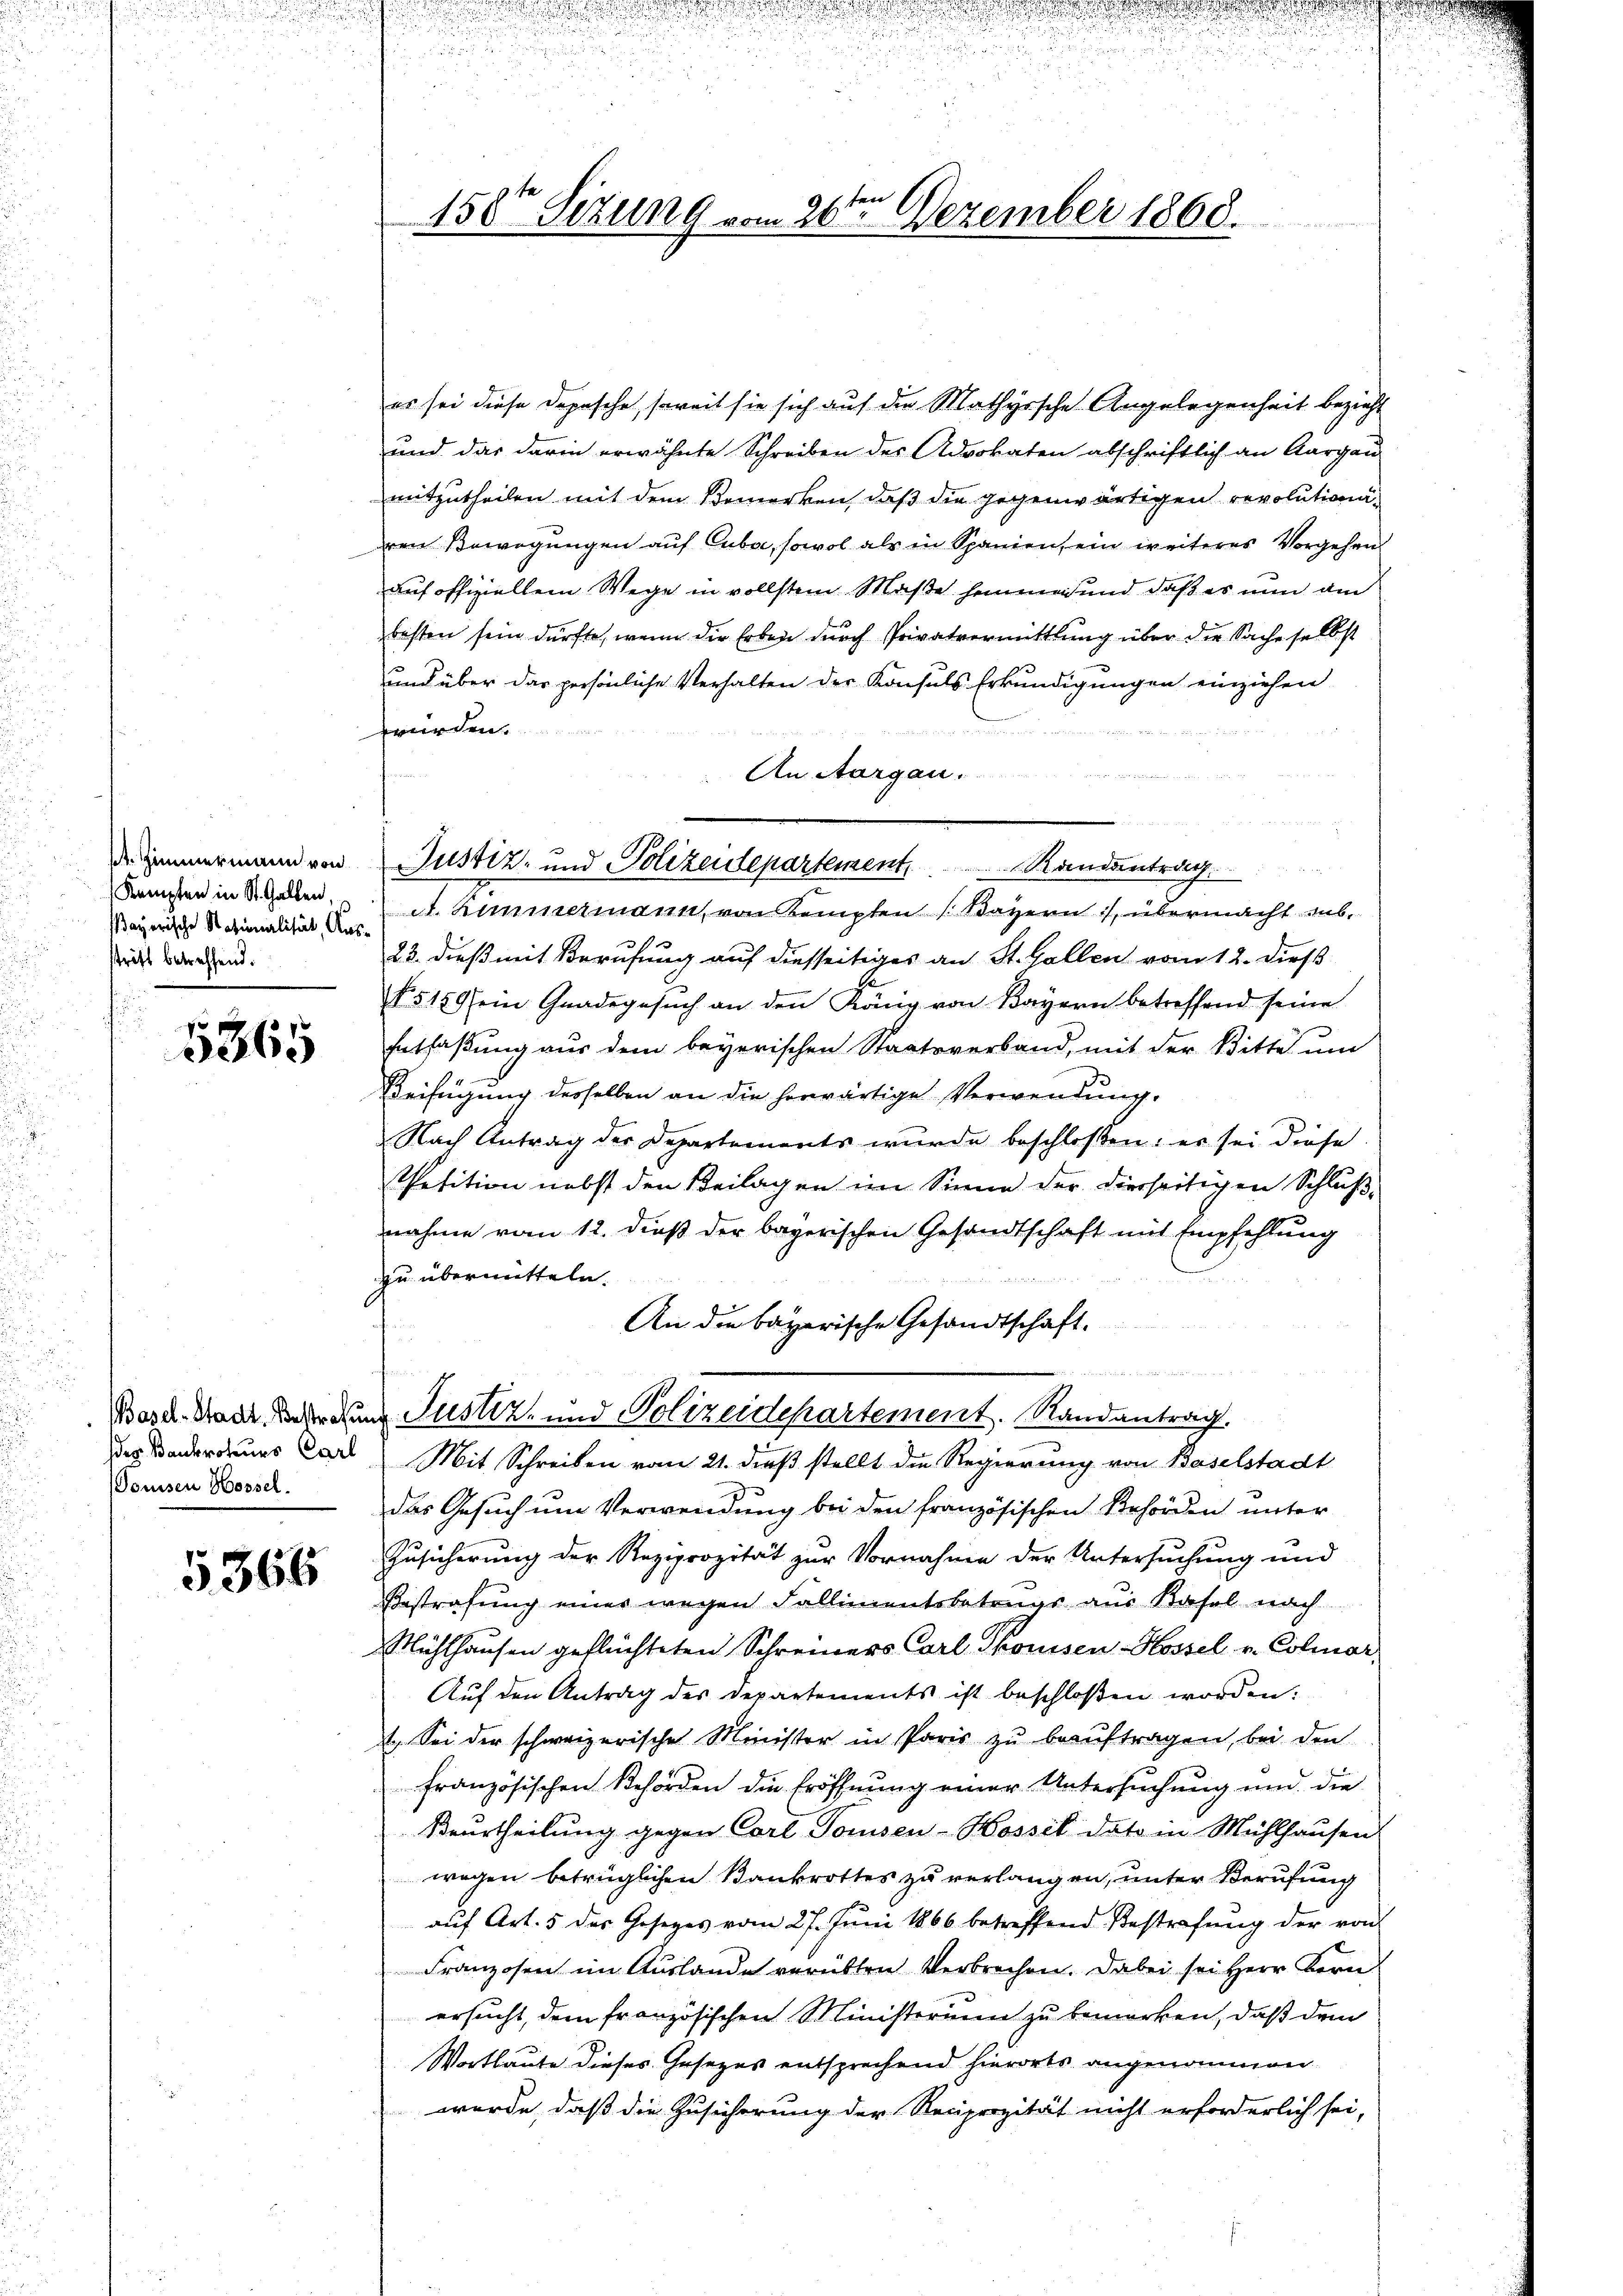
Zimmermann von
Kreuzten in St. Gallen,
ayerische Nationalität, Ausstritt betreffend.

5865

Basel-Stadt. Bestrafu
des Bankroteurs Carl
Doussen Hossel.

5366

150ten Sizung vom 26te͇n Dezember 1868.

es sei diese Depesche, soweit sie sich auf die Mathyische Angelegenheit bezieht
und das darin erwähnte Schreiben des Advokaten abschriftlich an Aargau
mitzutheilen mit dem Bemerken, daß die gegenwärtigen revolutionaren Bewegungen auf Cuba, sowol als in Spanien, ein weiteres Vorgehen
auf offiziellem Wege in vollstem Maße heimes und daß es nun am
besten sein dürfte, wenn die Erben durch Privatvermittlung über die Sache selbst
und über das persönliche Verhalten der Konsuls Erkundigungen einziehen
würden.
An Aargau.
un
Justiz- und Polizeidepartement.                              Randantrag
A. Zimmermann, von Kempten (Bayern, übermacht sub¬
23. dieß mit Berufung auf diesseitiges an St. Gallen vom 12. dieß
§ 5150fem Gnadegesŭch an den Käng von Bayern betreffend seine
Entfaßung aus dem beyerischen Staatsverband, mit der Bitte um
Beifügung derselben an die herwärtige Verwendung.
Nach Antrag der Departements wurde beschloßen: es sei diese
Petition nebst den Beilagen im Sinne der dierseitigen Schlußnahme vom 12. dieß der bayerischen Gesandtschaft mit Empfehlung
zu übermitteln.
An die bayerische Gesandtschaft.
 wie in die
f
in Justiz- und Polizeidepartement. Randantrag.
Mit Schreiben vom 21. dieß stellt die Regierung von Baselstadt
das Gesuch um Verwendung bei den französischen Behörden unter
Zusicherung der Reziprozität zur Vornahme der Untersuchung und
Bestrafung einer wegen Fallimentsbetrugs aus Basel nach
Mühlhausen geflüchteten Schreiners Carl Skonisen-Hossel v. Colmar,
Auf den Antrag des Departements ist beschloßen worden:
. Sei der schweizerische Minister in Paris zu beauftragen, bei den
französischen Behörden die Eröffnung einer Untersuchung und die
Beurtheilung gegen Carl Tonsen-Kossel dato in Mühlhausen
wegen betrüglichen Bankrottes zu verlangen, unter Berufung
auf Art. 5 des Gesetzes vom 27. Juni 1866 betreffend Bestrafung der von
Franzosen im Auslande verübten Verbrechen. Dabei sei Herr Kern
ersucht, dem französischen Ministerium zu bemerken, daß dem
Wortlaute dieses Gesezes entsprechend hierorts angenommen
wurde, daß die Zusicherung der Reciprozität nicht erforderlich sei,

2